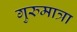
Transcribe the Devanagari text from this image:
गुरुमात्रा